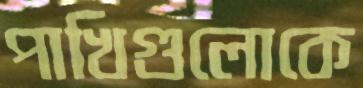
পাখিগুলোকে